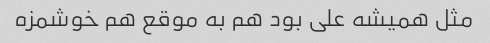
مثل همیشه علی بود هم به موقع هم خوشمزه